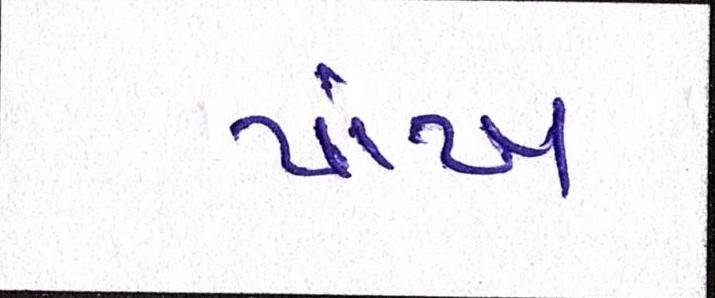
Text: પાંખ